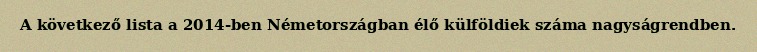
A következő lista a 2014-ben Németországban élő külföldiek száma nagyságrendben.